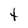
Character: t